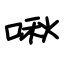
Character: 啾